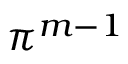
\pi ^ { m - 1 }